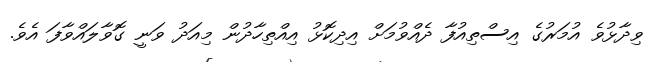
ވިދާޅުވެ އުމަރުގެ އިސްތިއުފާ ދެއްވުމަށް އިދިކޮޅު އިއްތިހާދުން މިއަދު ވަނީ ގޮވާލައްވާފަ އެވެ.